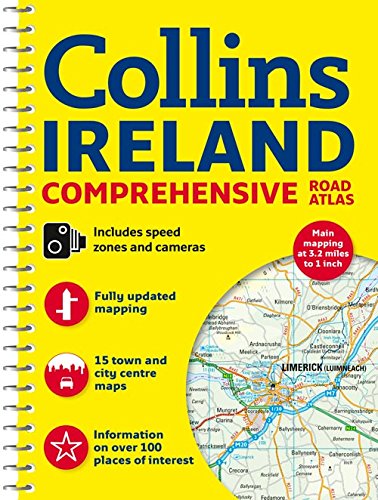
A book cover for Collins Ireland Comprehensive Road Atlas; Collins Maps; Travel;